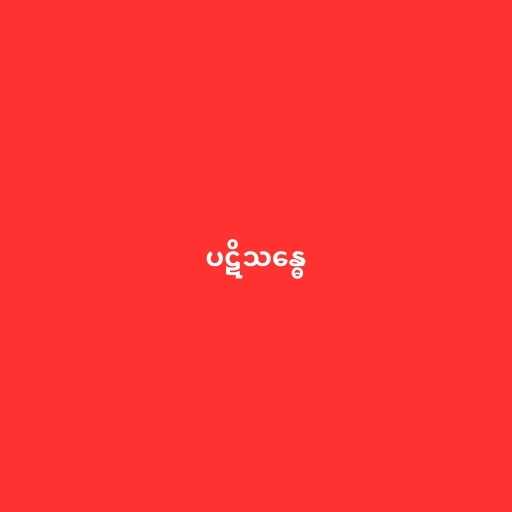
ပဋိသန္ဓေ